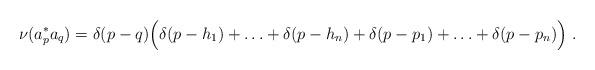
LaTeX: \begin{align*}\nu (a_p^*a_q) = \delta(p-q) \Big(\delta(p - h_1) + \ldots + \delta(p-h_n) + \delta(p - p_1) + \ldots + \delta(p-p_n) \Big) \ . \end{align*}